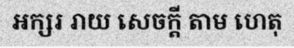
អក្សរ រាយ សេចក្តី តាម ហេតុ